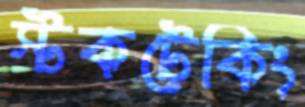
স্টকটেকিং